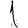
Digit: 1